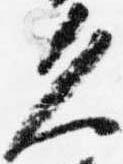
久